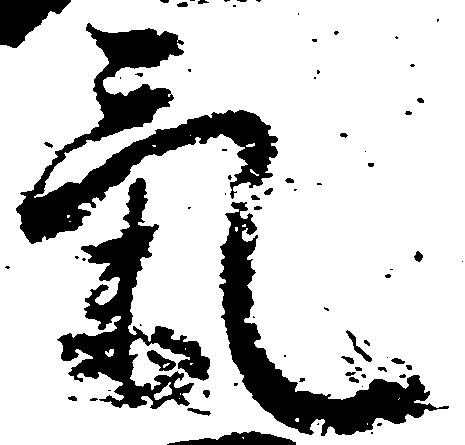
気